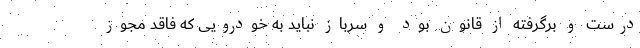
درست و برگرفته از قانون بود و سرباز نباید به خودرویی که فاقد مجوز